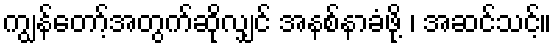
ကျွန်တော့်အတွက်ဆိုလျှင် အနစ်နာခံဖို့ ၊ အဆင်သင့်။